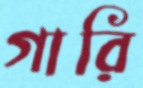
গারি